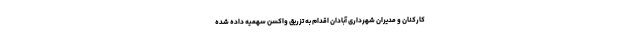
کارکنان و مدیران شهرداری آبادان اقدام به تزریق واکسن سهمیه داده شده